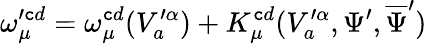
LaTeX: \omega_{\mu}^{\prime\mathtt{c}d}=\omega_{\mu}^{\mathtt{c}d}(V_{a}^{\prime\alpha})+K_{\mu}^{\mathtt{c}d}(V_{a}^{\prime\alpha},\Psi^{\prime},\overline{{{{\Psi}}}}^{\prime})